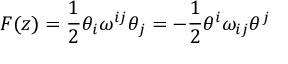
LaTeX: F ( z ) = \frac 1 2 \theta _ { i } \omega ^ { i j } \theta _ { j } = - \frac 1 2 \theta ^ { i } \omega _ { i j } \theta ^ { j }